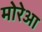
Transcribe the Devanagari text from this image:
मोरेआ